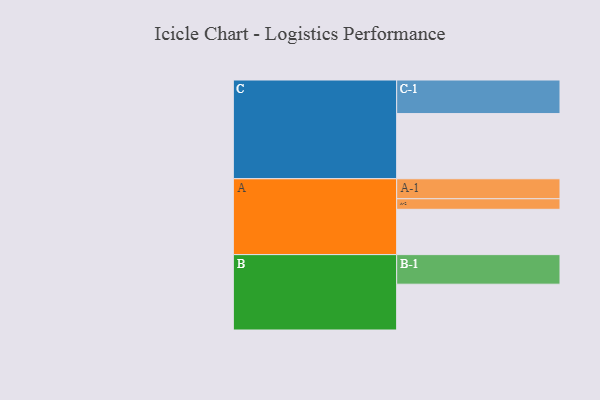
{"axis": {"x": "Segment", "y": "Value"}, "legend": ["", "A", "B", "C"], "data": [{"x": "A", "y": 374, "type": ""}, {"x": "B", "y": 378, "type": ""}, {"x": "C", "y": 538, "type": ""}, {"x": "A-1", "y": 165, "type": "A"}, {"x": "A-2", "y": 87, "type": "A"}, {"x": "B-1", "y": 244, "type": "B"}, {"x": "C-1", "y": 277, "type": "C"}]}